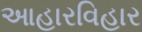
આહારવિહાર